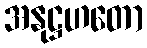
အနုဋ္ဌဟတော